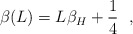
\begin{align*}\beta(L) = L \beta_H + {1 \over 4}~~,\end{align*}